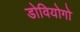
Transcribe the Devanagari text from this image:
डोवियोगो